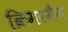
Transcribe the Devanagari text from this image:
क्रिमरमैन